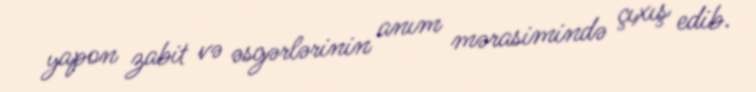
yapon zabit və əsgərlərinin anım mərasimində çıxış edib.